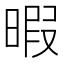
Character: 暇